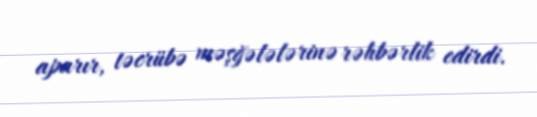
aparır, təcrübə məşğələlərinə rəhbərlik edirdi.